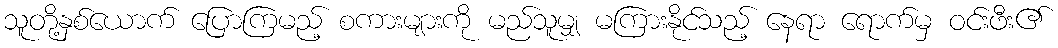
သူတို့နှစ်ယောက် ပြောကြမည့် စကားများကို မည်သူမျှ မကြားနိုင်သည့် နေရာ ရောက်မှ ဝင်းဖီး၏